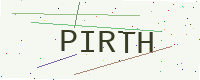
Text: PIRTH